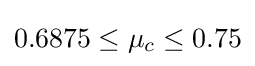
0.6875\leq \mu _{c}\leq 0.75